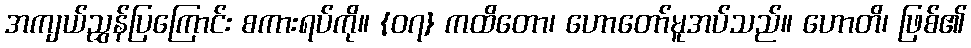
အကျယ်ညွှန်ပြကြောင်း စကားရပ်ကို။ {၀၇} ကထိတော၊ ဟောတော်မူအပ်သည်။ ဟောတိ၊ ဖြစ်၏